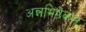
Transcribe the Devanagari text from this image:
अन्नभिषेकम